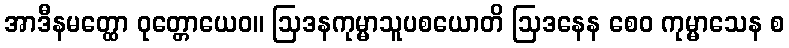
အာဒီနမတ္ထော ဝုတ္တောယေဝ။ ဩဒနကုမ္မာသူပစယောတိ ဩဒနေန စေဝ ကုမ္မာသေန စ